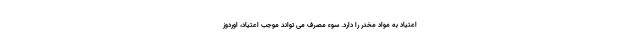
اعتیاد به مواد مخدر را دارد. سوء مصرف می تواند موجب اعتیاد، اوردوز